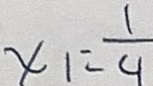
x _ { 1 } = \frac { 1 } { 9 }